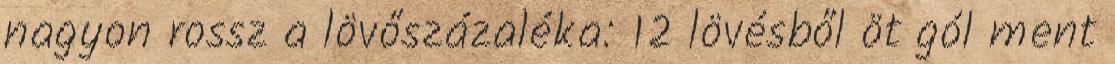
nagyon rossz a lövőszázaléka: 12 lövésből öt gól ment